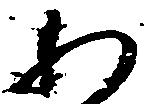
わ